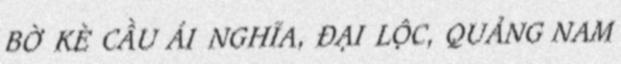
BỜ KÈ CẦU ÁI NGHĨA, ĐẠI LỘC, QUẢNG NAM